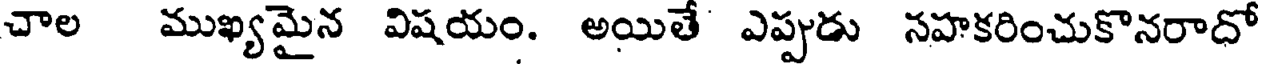
చాల ముఖ్యమైన విషయం. అయితే ఎప్పుడు నహకరించుకొనరాదో